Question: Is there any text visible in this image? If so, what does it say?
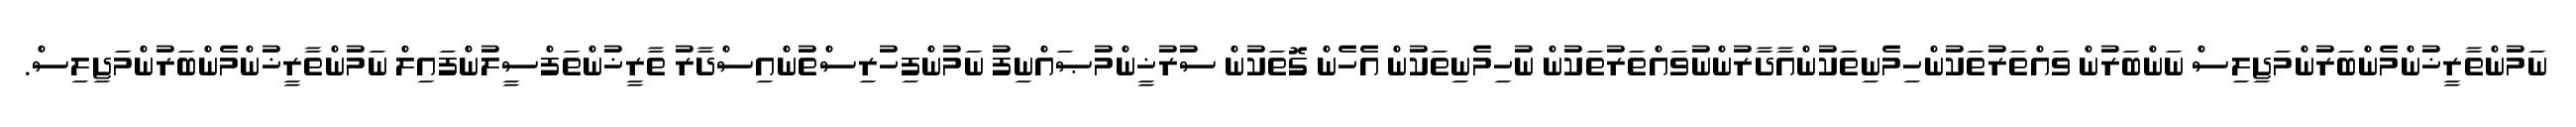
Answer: ނަމުންތާރީޚުންމެންބަރުންމަޖިލިސް ނަންބަރުން ވައްތަރުތަކުންހިމެނިތަކުންއާދާރުންނުވައްތަރުތަކުން ނުހިމެނިތަކުން އެހެން ގޮތަކުން ސުރުޚީންމުޞައްނިފު ނަމުންފިހުރިސްތުންއިސްދާރު ތާރީޚުންތަފްސީލުންފައިލް ނަމުންތާރީޚުންމެންބަރުންމަޖިލިސް.